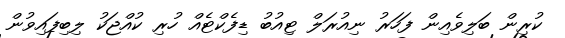
ކުރިން ބަލިވެއިން ފަހަރު ނިއުރަލް ޓިއުބު ޑިފެކްޓެއް ހުރި ކުއްޖަކު ލިބިފައިވުން